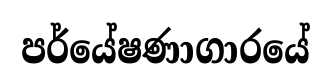
පර්යේෂණාගාරයේ